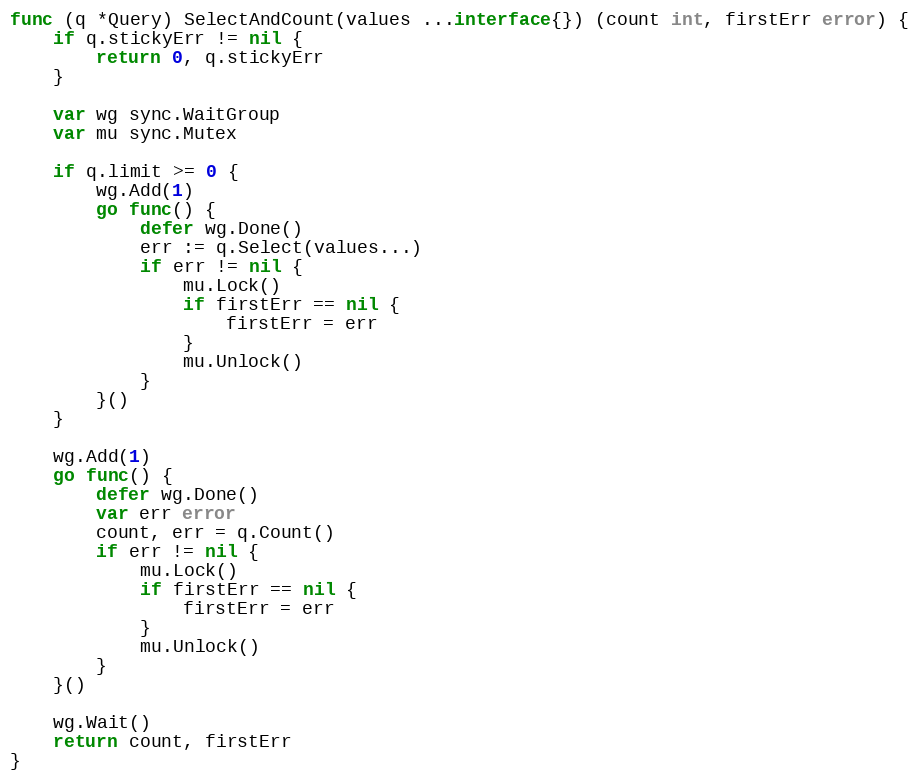
Language: Go
func (q *Query) SelectAndCount(values ...interface{}) (count int, firstErr error) {
	if q.stickyErr != nil {
		return 0, q.stickyErr
	}

	var wg sync.WaitGroup
	var mu sync.Mutex

	if q.limit >= 0 {
		wg.Add(1)
		go func() {
			defer wg.Done()
			err := q.Select(values...)
			if err != nil {
				mu.Lock()
				if firstErr == nil {
					firstErr = err
				}
				mu.Unlock()
			}
		}()
	}

	wg.Add(1)
	go func() {
		defer wg.Done()
		var err error
		count, err = q.Count()
		if err != nil {
			mu.Lock()
			if firstErr == nil {
				firstErr = err
			}
			mu.Unlock()
		}
	}()

	wg.Wait()
	return count, firstErr
}